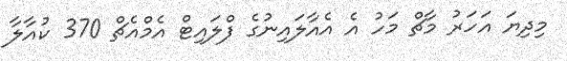
މިދިޔަ އަހަރު މާޗް މަހު އެ އެއާލައިނުގެ ފްލައިޓް އެމްއެޗް 370 ކުއާލާ